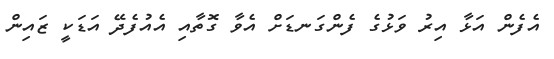
އެފެން އަޅާ އިރު ވަޅުގެ ފެންގަނޑަށް އެވާ ގޮތާއި އެއުފެދޭ އަޑަކީ ޒައިން